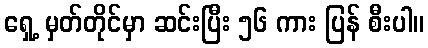
ရှေ့ မှတ်တိုင်မှာ ဆင်းပြီး ၅၆ ကား ပြန် စီးပါ။